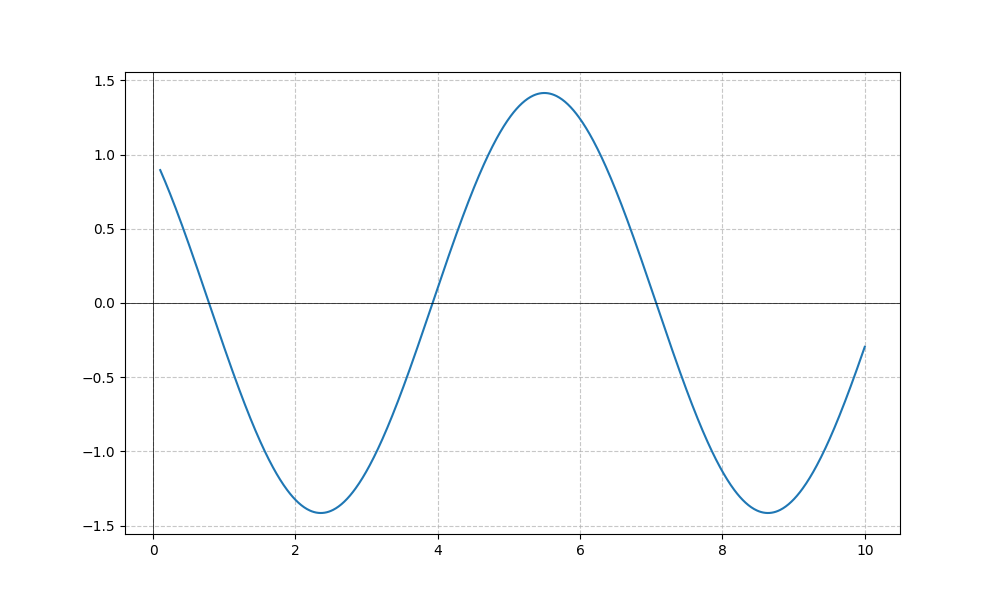
LaTeX formula: - \sin{\left(x \right)} + \cos{\left(x \right)}